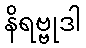
နိရဗ္ဗုဒါ